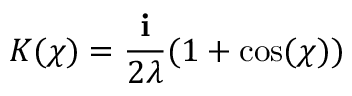
K ( \chi ) = { \frac { \mathbf { i } } { 2 \lambda } } ( 1 + \cos ( \chi ) )